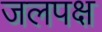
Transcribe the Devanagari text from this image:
जलपक्ष